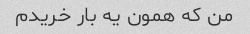
من که همون یه بار خریدم